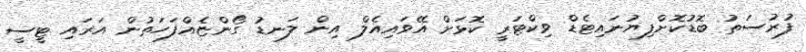
ފުރުސަތު ބޮޑުކޮށްފިޔުނައިޓެޑް ވިކްޓަރީ ކޮޅަށް އޭވައިއެލް އިން ލަނޑު ގޯންޏެއްފަހަތުން އަރައި ޓީސީ